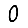
Digit: 0